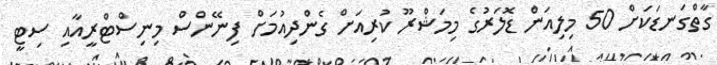
ގާތްގަނޑަކަށް 50 މިލިއަން ޑޮލަރުގެ މިމަޝްރޫ ކުރިއަށް ގެންދިއުމަށް ފިނޭންސް މިނިސްޓްރީއާއި ސިޓީ